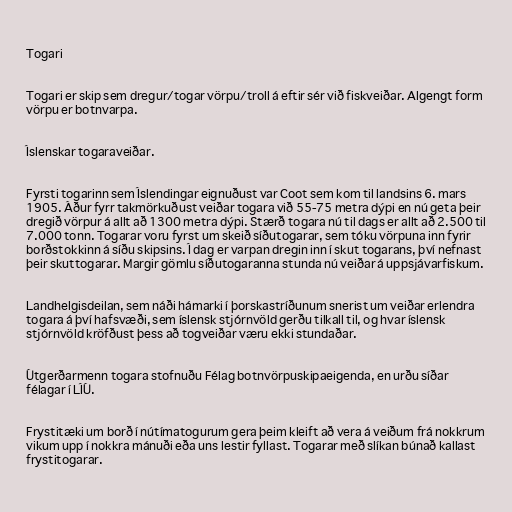
Togari

Togari er skip sem dregur/togar vörpu/troll á eftir sér við fiskveiðar. Algengt form
vörpu er botnvarpa.

Íslenskar togaraveiðar.

Fyrsti togarinn sem Íslendingar eignuðust var Coot sem kom til landsins 6. mars
1905. Áður fyrr takmörkuðust veiðar togara við 55-75 metra dýpi en nú geta þeir
dregið vörpur á allt að 1300 metra dýpi. Stærð togara nú til dags er allt að 2.500 til
7.000 tonn. Togarar voru fyrst um skeið síðutogarar, sem tóku vörpuna inn fyrir
borðstokkinn á síðu skipsins. Í dag er varpan dregin inn í skut togarans, því nefnast
þeir skuttogarar. Margir gömlu síðutogaranna stunda nú veiðar á uppsjávarfiskum.

Landhelgisdeilan, sem náði hámarki í þorskastríðunum snerist um veiðar erlendra
togara á því hafsvæði, sem íslensk stjórnvöld gerðu tilkall til, og hvar íslensk
stjórnvöld kröfðust þess að togveiðar væru ekki stundaðar.

Útgerðarmenn togara stofnuðu Félag botnvörpuskipaeigenda, en urðu síðar
félagar í LÍÚ.

Frystitæki um borð í nútímatogurum gera þeim kleift að vera á veiðum frá nokkrum
vikum upp í nokkra mánuði eða uns lestir fyllast. Togarar með slíkan búnað kallast
frystitogarar.